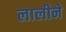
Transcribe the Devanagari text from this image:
लालीने